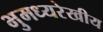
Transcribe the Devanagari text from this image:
भुमध्यरेखीय